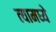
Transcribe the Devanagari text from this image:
त्‍यामध्‍ये